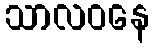
သာလဝနေ